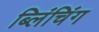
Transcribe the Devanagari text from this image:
ब्लिंचिंग